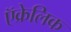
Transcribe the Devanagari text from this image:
ऍक्रेलिक